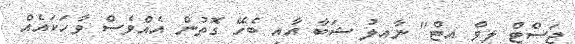
ޖަސްޓް ލީވް އިޓް" ނާއިލު ޝަބާ އާއި ބެހޭ ގޮތުން އެއްވެސް ވާހަކައެއް